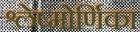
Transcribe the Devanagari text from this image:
श्लेष्मोर्णिका